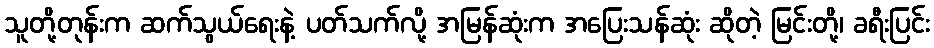
သူတို့တုန်းက ဆက်သွယ်ရေးနဲ့ ပတ်သက်လို့ အမြန်ဆုံးက အပြေးသန်ဆုံး ဆိုတဲ့ မြင်းတို့၊ ခရီးပြင်း